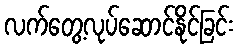
လက်တွေ့လုပ်ဆောင်နိုင်ခြင်း